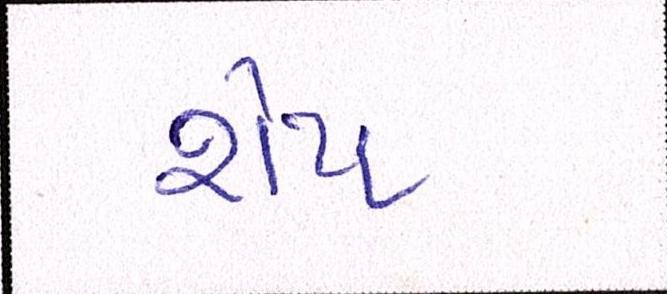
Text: શેપ